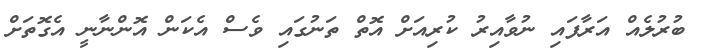
ބުރުލެއް އަރާފައި ނުވާއިރު ކުރިއަށް އޮތް ތަނުގައި ވެސް އެކަން އޮންނާނީ އެގޮތަށް